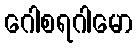
ဂေါစရဂါမော